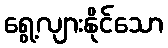
ရွေ့လျားနိုင်သော